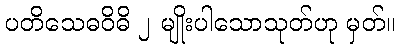
ပတိသေဓဝိဓိ ၂ မျိုးပါသောသုတ်ဟု မှတ်။